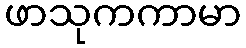
ဖာသုကကာမာ